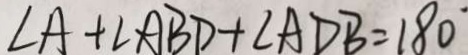
\angle A + \angle A B D + \angle A D B = 1 8 0 ^ { \circ }